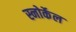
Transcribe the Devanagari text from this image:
स्नोर्केल